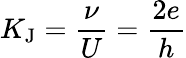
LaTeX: K_{\mathrm{{J}}}={\frac{\nu}{U}}={\frac{2e}{h}}